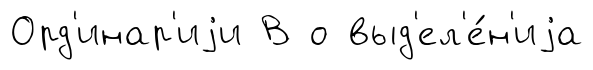
Орд'инар'иjи В о выд'ел'е́н'иjа